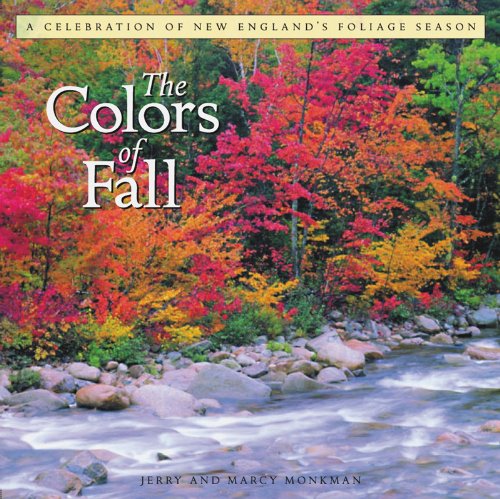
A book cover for The Colors of Fall: A Celebration of New England's Foliage Season; Jerry Monkman; Travel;